Report on the bubonic plague in Bombay, 1896-1897
Year: 1896
Disease focus: Plague
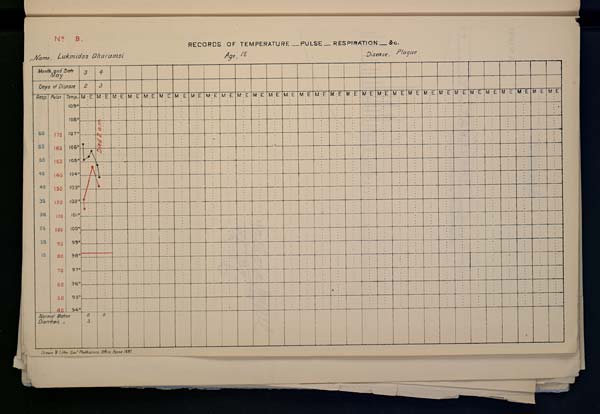
No. B.
RECORDS OF TEMPERATURE PULSE _ RESPIRATlON _ &c.
Name, Lukmidas Dharamsi Age, 15 Disease, Plague
Drawn & Litho: Govt. Photozinco: Office, Poona 1897.